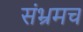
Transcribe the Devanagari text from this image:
संभ्रमच